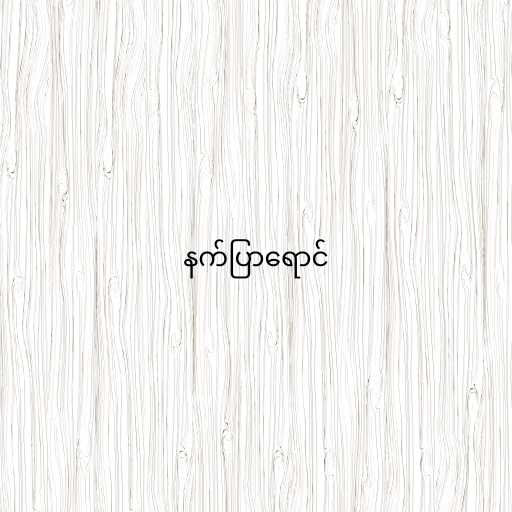
နက်ပြာရောင်